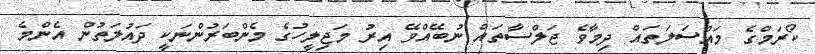
ކޯރަމްގެ މައްސަލަތައް ދިމާވެ ޖަލްސާތައް ނުބޭއްވޭ އިރު މަޖިލީހުގެ މެންބަރުންނަކީ ދައުލަތުން އެންމެ